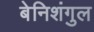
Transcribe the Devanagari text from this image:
बेनिशंगुल